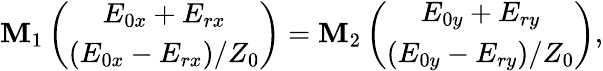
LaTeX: \mathbf M_{1}\left(\begin{array}{c}{E_{0x}+E_{rx}}\\ {(E_{0x}-E_{rx})/Z_{0}}\end{array}\right)=\mathbf M_{2}\left(\begin{array}{c}{E_{0y}+E_{ry}}\\ {(E_{0y}-E_{ry})/Z_{0}}\end{array}\right),